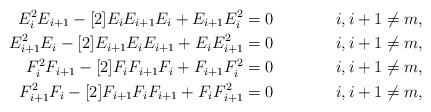
LaTeX: \begin{align*}E_i^2 E_{i+1} - [2] E_i E_{i+1} E_i + E_{i+1} E_i^2 &= 0 & i,i+1 \neq m, \\E_{i+1}^2 E_{i} - [2] E_{i+1} E_{i} E_{i+1} + E_{i} E_{i+1}^2& = 0 & i,i+1 \neq m,\\F_i^2 F_{i+1} - [2] F_i F_{i+1} F_i + F_{i+1} F_i^2 &= 0 & i,i+1 \neq m,\\F_{i+1}^2 F_{i} - [2] F_{i+1} F_{i} F_{i+1} + F_{i} F_{i+1}^2 &= 0 & i,i+1 \neq m,\end{align*}